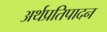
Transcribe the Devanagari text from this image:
अर्थप्रतिपादन